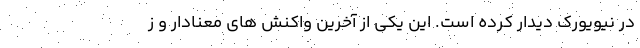
در نیویورک دیدار کرده است. این یکی از آخرین واکنش های معنادار و ز